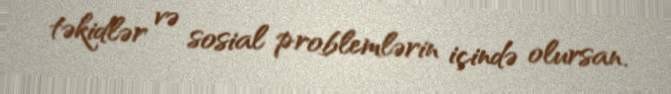
təkidlər və sosial problemlərin içində olursan.